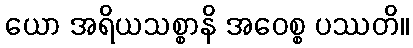
ယော အရိယသစ္စာနိ အဝေစ္စ ပဿတိ။